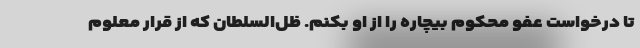
تا درخواست عفو محکوم بیچاره را از او بکنم. ظل‌السلطان که از قرار معلوم